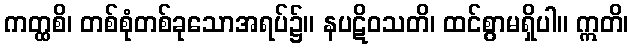
ကတ္ထစိ၊ တစ်စုံတစ်ခုသောအရပ်၌။ နပဋိဝသတိ၊ ထင်စွာမရှိပါ။ ဣတိ၊